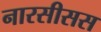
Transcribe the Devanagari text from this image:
नारसीसस